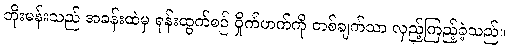
ဘိုးမန်းသည် အခန်းထဲမှ ရုန်းထွက်စဉ် ဝှိုက်ဟက်ကို တစ်ချက်သာ လှည့်ကြည့်ခဲ့သည်။